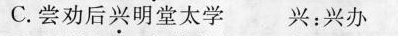
C.尝劝后兴明堂太学 兴：兴办